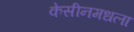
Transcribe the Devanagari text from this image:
केसीनमधला